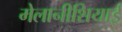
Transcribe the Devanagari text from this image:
मेलानीशियाई